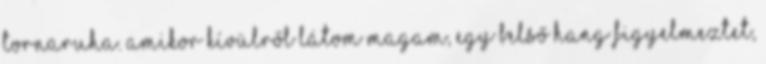
tornaruha. Amikor kívülről látom magam, egy belső hang figyelmeztet,